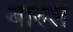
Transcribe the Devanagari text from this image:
बारुल